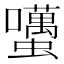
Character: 𧔺